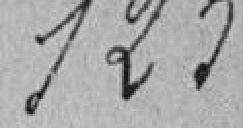
125